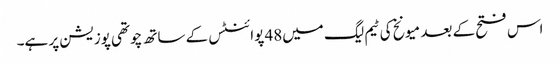
اس فتح کے بعد میونخ کی ٹیم لیگ میں48 پوائنٹس کے ساتھ چوتھی پوزیشن پر ہے۔